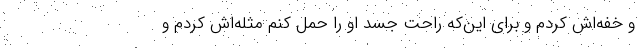
و خفه‌اش کردم و برای این‌که راحت جسد او را حمل کنم مثله‌اش کردم و